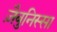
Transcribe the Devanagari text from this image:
ज़ैबुनिस्सा